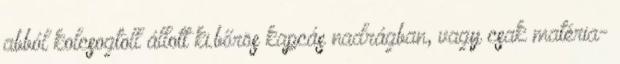
abból kolcsogtoll állott ki.bőrös kapcás nadrágban, vagy csak matéria-